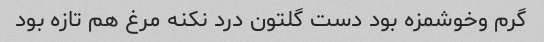
گرم وخوشمزه بود دست گلتون درد نکنه مرغ هم تازه بود